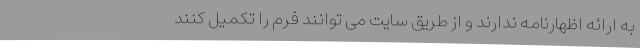
به ارائه اظهارنامه ندارند و از طریق سایت می توانند فرم را تکمیل کنند